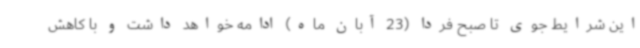
این شرایط جوی تا صبح فردا (23 آبان ماه) ادامه خواهد داشت و با کاهش